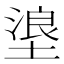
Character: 𪤊